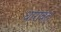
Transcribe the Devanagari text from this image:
धारावत्‌